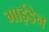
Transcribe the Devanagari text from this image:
गाईडेन